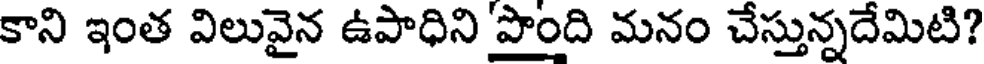
కాని ఇంత విలువైన ఉపాధిని పొంది మనం చేస్తున్నదేమిటి?